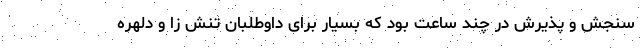
سنجش و پذیرش در چند ساعت بود که بسیار برای داوطلبان تنش زا و دلهره